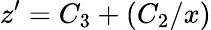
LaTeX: z^{\prime}=C_{3}+(C_{2}/x)